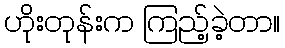
ဟိုးတုန်းက ကြည့်ခဲ့တာ။